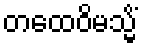
တထေဝိမသ္မိံ